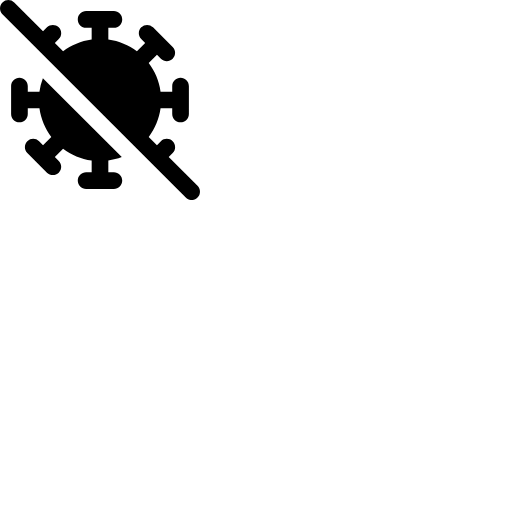
<svg width="200" height="200" xmlns="http://www.w3.org/2000/svg" viewBox="0 0 576 512"><path fill="currentColor" d="M41-24.9c-9.4-9.4-24.6-9.4-33.9 0S-2.3-.3 7 9.1l528 528c9.4 9.4 24.6 9.4 33.9 0s9.4-24.6 0-33.9l-83-83l11.4-11.4c9.4-9.4 9.4-24.6 0-33.9s-24.6-9.4-33.9 0l-11.3 11.3l-23.8-23.8c17.9-23.5 29.9-51.7 34.1-82.3H496v16c0 13.3 10.7 24 24 24s24-10.7 24-24v-80c0-13.3-10.7-24-24-24s-24 10.7-24 24v16h-33.6c-4.2-30.7-16.3-58.8-34.1-82.3l23.8-23.8l11.3 11.3c9.4 9.4 24.6 9.4 33.9 0s9.4-24.6 0-33.9l-56.6-56.7c-9.4-9.4-24.6-9.4-33.9 0s-9.4 24.6 0 33.9l11.3 11.3l-23.8 23.8c-23.5-17.8-51.6-29.9-82.3-34.1V48h16c13.3 0 24-10.7 24-24S341.3 0 328 0h-80c-13.3 0-24 10.7-24 24s10.7 24 24 24h16v33.6c-30.7 4.2-58.8 16.3-82.3 34.1L157.9 92l11.3-11.4c9.4-9.4 9.4-24.6 0-33.9s-24.6-9.4-33.9 0l-11.4 11.4zM113.6 232H80v-16c0-13.3-10.7-24-24-24s-24 10.7-24 24v80c0 13.3 10.7 24 24 24s24-10.7 24-24v-16h33.6c4.2 30.7 16.3 58.8 34.1 82.3l-23.8 23.8l-11.3-11.3c-9.4-9.4-24.6-9.4-33.9 0s-9.4 24.6 0 33.9l56.6 56.6c9.4 9.4 24.6 9.4 33.9 0s9.4-24.6 0-33.9l-11.3-11.3l23.8-23.8c23.5 17.9 51.7 29.9 82.3 34.1V464h-16c-13.3 0-24 10.7-24 24s10.7 24 24 24h80c13.3 0 24-10.7 24-24s-10.7-24-24-24h-16v-33.6c13.4-1.8 26.4-5.2 38.7-9.9L123.5 193.3q-7.05 18.45-9.9 38.7"/></svg>